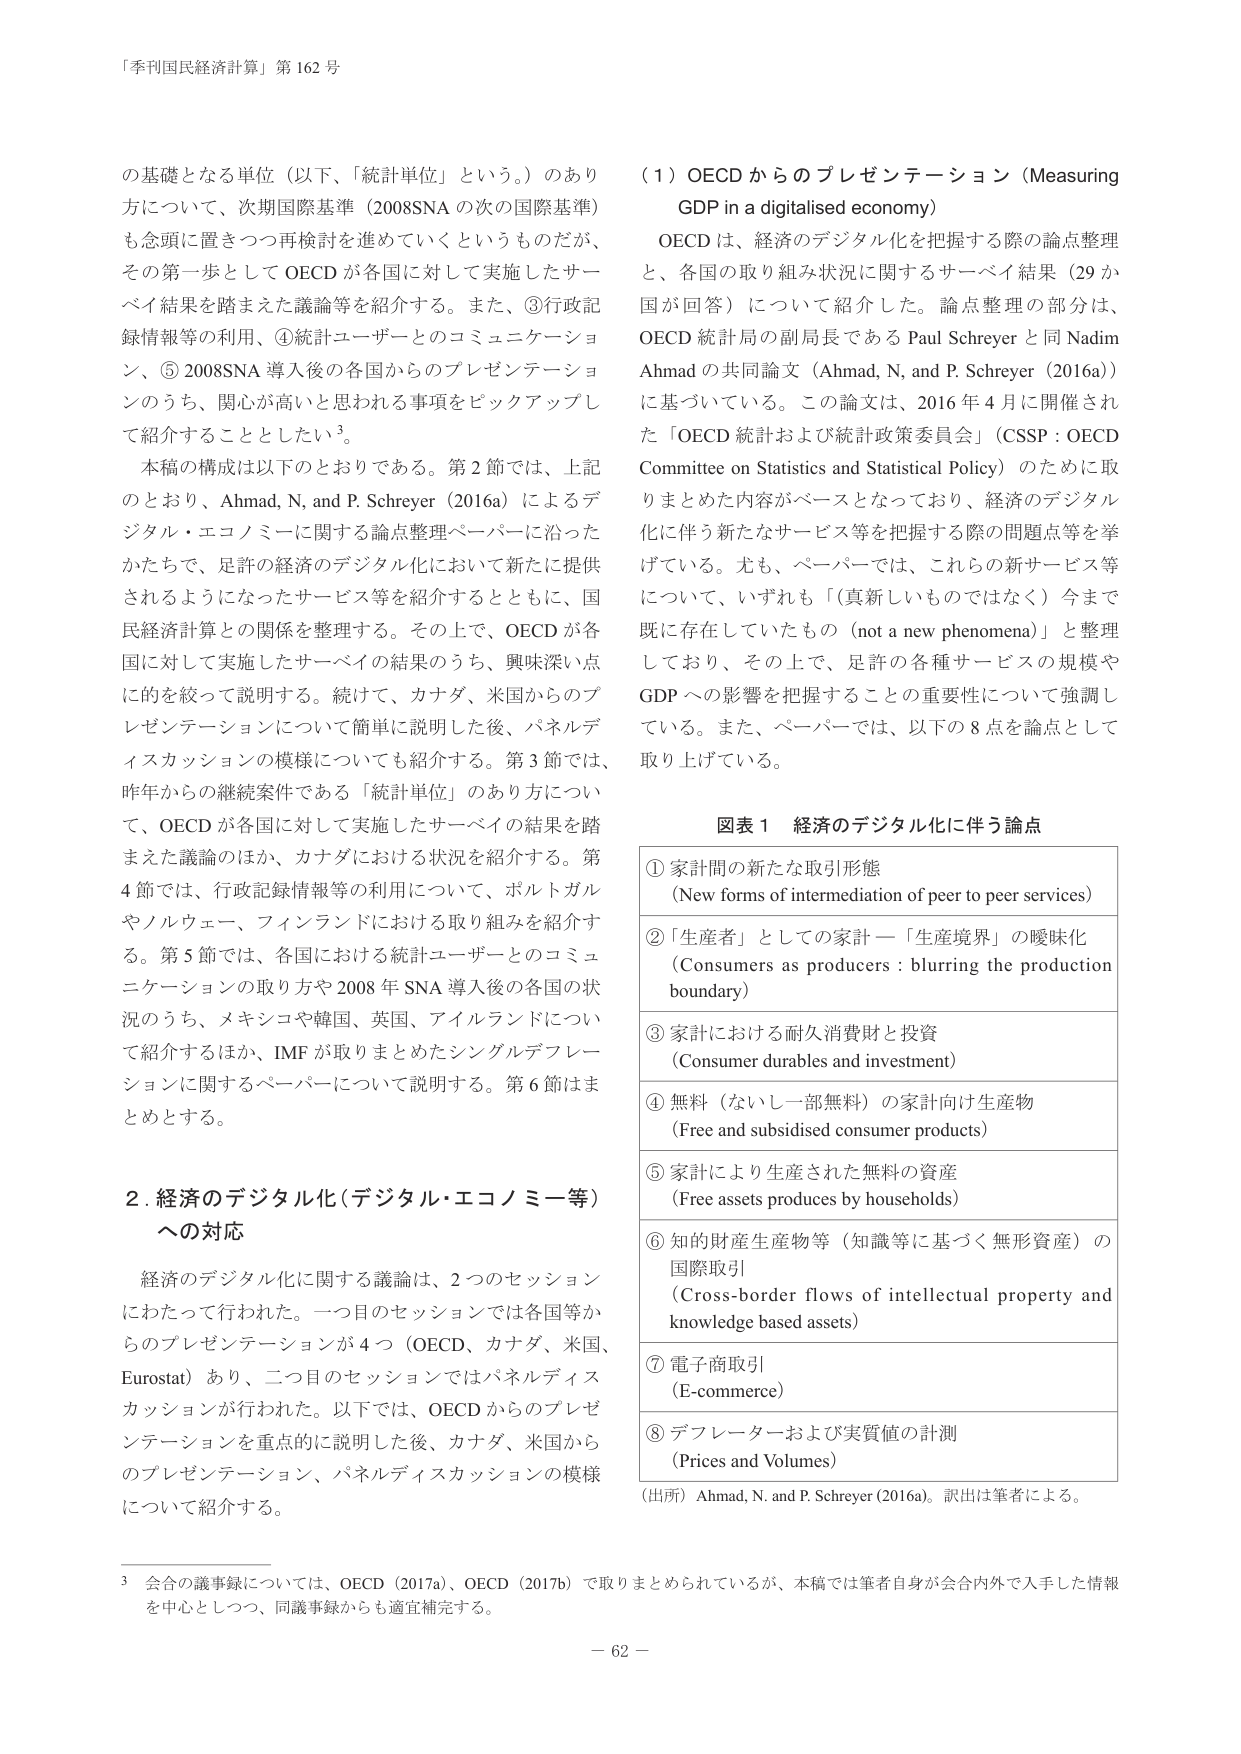
「季刊国民経済計算」第162号

の基礎となる単位（以下、「統計単位」という。）のあり方について、次期国際基準（2008SNAの次の国際基準）も念頭に置きつつ再検討を進めていくというものだが、その第一歩としてOECDが各国に対して実施したサーベイ結果を踏まえた議論等を紹介する。また、③行政記録情報等の利用、④統計ユーザーとのコミュニケーション、⑤2008SNA導入後の各国からのプレゼンテーションのうち、関心が高いと思われる事項をピックアップして紹介することとしたい³。

本稿の構成は以下のとおりである。第2節では、上記のとおり、Ahmad, N. and P. Schreyer (2016a) によるデジタル・エコノミーに関する論点整理ペーパーに沿ったかたちで、足許の経済のデジタル化において新たに提供されるようになったサービス等を紹介するとともに、国民経済計算との関係を整理する。その上で、OECDが各国に対して実施したサーベイの結果のうち、興味深い点に的を絞って説明する。続けて、カナダ、米国からのプレゼンテーションについて簡単に説明した後、パネルディスカッションの模様についても紹介する。第3節では、昨年からの継続案件である「統計単位」のあり方について、OECDが各国に対して実施したサーベイの結果を踏まえた議論のほか、カナダにおける状況を紹介する。第4節では、行政記録情報等の利用について、ポルトガルやノルウェー、フィンランドにおける取り組みを紹介する。第5節では、各国における統計ユーザーとのコミュニケーションの取り方や2008年SNA導入後の各国の状況のうち、メキシコや韓国、英国、アイルランドについて紹介するほか、IMFが取りまとめたシングルデフレーションに関するペーパーについて説明する。第6節はまとめとする。

2. 経済のデジタル化（デジタル・エコノミー等）への対応

経済のデジタル化に関する議論は、2つのセッションにわたって行われた。一つ目のセッションでは各国等からのプレゼンテーションが4つ（OECD、カナダ、米国、Eurostat）あり、二つ目のセッションではパネルディスカッションが行われた。以下では、OECDからのプレゼンテーションを重点的に説明した後、カナダ、米国からのプレゼンテーション、パネルディスカッションの模様について紹介する。

（1）OECDからのプレゼンテーション（Measuring GDP in a digitalised economy）

OECDは、経済のデジタル化を把握する際の論点整理と、各国の取り組み状況に関するサーベイ結果（29か国が回答）について紹介した。論点整理の部分は、OECD統計局の副局長であるPaul Schreyerと同Nadim Ahmadの共同論文（Ahmad, N. and P. Schreyer (2016a)）に基づいている。この論文は、2016年4月に開催された「OECD統計および統計政策委員会」（CSSP：OECD Committee on Statistics and Statistical Policy）のために取りまとめた内容がベースとなっており、経済のデジタル化に伴う新たなサービス等を把握する際の問題点等を挙げている。尤も、ペーパーでは、これらの新サービス等について、いずれも「真新しいものではなく」今まで既に存在していたもの（not a new phenomena）と整理しており、その上で、足許の各種サービスの規模やGDPへの影響を把握することの重要性について強調している。また、ペーパーでは、以下の8点を論点として取り上げている。

図表1 経済のデジタル化に伴う論点

① 家計間の新たな取引形態
（New forms of intermediation of peer to peer services）

② 「生産者」としての家計－「生産境界」の曖昧化
（Consumers as producers : blurring the production boundary）

③ 家計における耐久消費財と投資
（Consumer durables and investment）

④ 無料（ないし一部無料）の家計向け生産物
（Free and subsidised consumer products）

⑤ 家計により生産された無料の資産
（Free assets produces by households）

⑥ 知的財産生産物等（知識等に基づく無形資産）の国際取引
（Cross-border flows of intellectual property and knowledge based assets）

⑦ 電子商取引
（E-commerce）

⑧ デフレーターおよび実質値の計測
（Prices and Volumes）

（出所）Ahmad, N. and P. Schreyer (2016a)。訳出は筆者による。

³ 会合の議事録については、OECD (2017a)、OECD (2017b) で取りまとめられているが、本稿では筆者自身が会合内外で入手した情報を中心としつつ、同議事録からも適宜補完する。

－62－